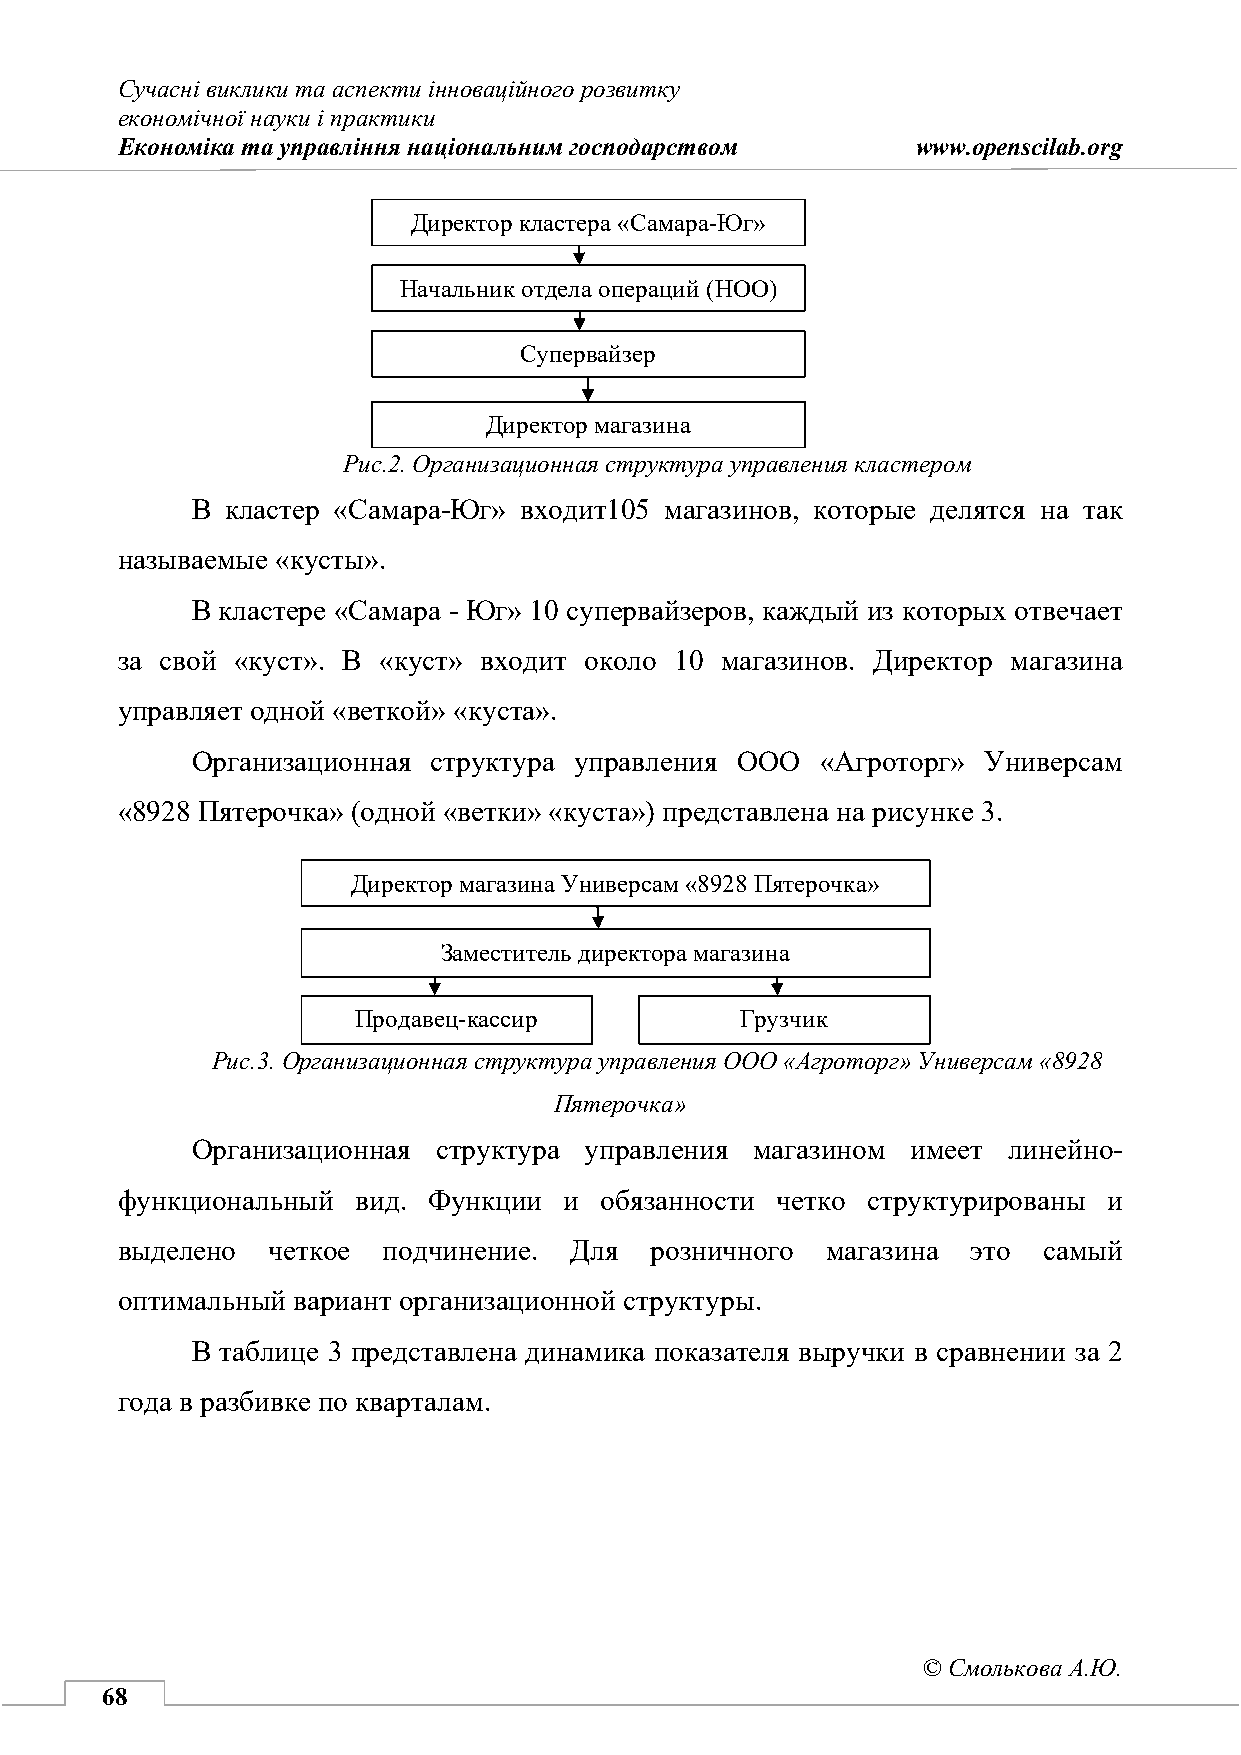
Сучасні виклики та аспекти інноваційного розвитку
 економічної науки і практики
 Економіка та управління національним господарством   www.openscilab.org
 Директор кластера «Самара-Юг»
 Начальник отдела операций (НОО)
 Супервайзер
 Директор магазина
 Рис.2. Организационная структура управления кластером
 В кластер «Самара-Юг» входит105 магазинов, которые делятся на так
 называемые «кусты».
 В кластере «Самара - Юг» 10 супервайзеров, каждый из которых отвечает
 за свой «куст». В «куст» входит около 10 магазинов. Директор магазина
 управляет одной «веткой» «куста».
 Организационная структура управления ООО «Агроторг» Универсам
 «8928 Пятерочка» (одной «ветки» «куста») представлена на рисунке 3.
 Директор магазина Универсам «8928 Пятерочка»
 Заместитель директора магазина
 Продавец-кассир          Грузчик
 Рис.3. Организационная структура управления ООО «Агроторг» Универсам «8928
 Пятерочка»
 Организационная структура управления магазином имеет  линейно-
 функциональный  вид. Функции и  обязанности четко структурированы и
 выделено  четкое подчинение.  Для  розничного  магазина это  самый
 оптимальный вариант организационной структуры.
 В таблице 3 представлена динамика показателя выручки в сравнении за 2
 года в разбивке по кварталам.
 © Смолькова А.Ю.
 68